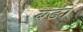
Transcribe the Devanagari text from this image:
बङों